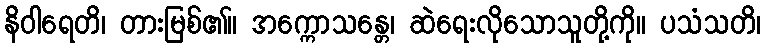
နိဝါရေတိ၊ တားမြစ်၏။ အက္ကောသန္တေ၊ ဆဲရေးလိုသောသူတို့ကို။ ပသံသတိ၊